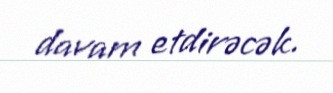
davam etdirəcək.